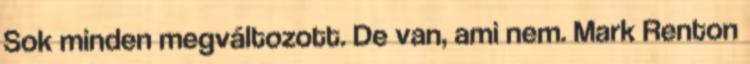
Sok minden megváltozott. De van, ami nem. Mark Renton